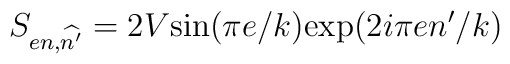
S_{en,\widehat{n'}}=2V\mbox{sin}(\pi e/k)\mbox{exp}(2i\pi en'/k)